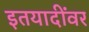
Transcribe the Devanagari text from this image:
इतयादींवर